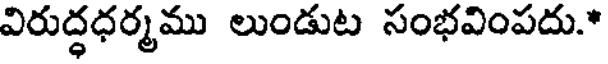
విరుద్ధధర్మము లుండుట సంభవింపదు.*